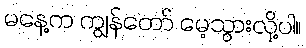
မနေ့က ကျွန်တော် မေ့သွားလို့ပါ။